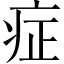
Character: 症